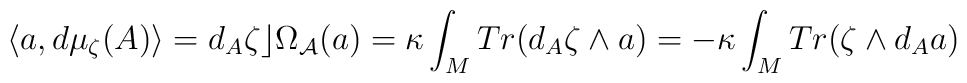
\langle a, d\mu_\zeta(A)\rangle=d_A\zeta\rfloor \Omega_{{\cal A}}(a)=\kappa\int_{M}Tr(d_A\zeta\wedge a)=-\kappa\int_{M} Tr(\zeta\wedge d_Aa)